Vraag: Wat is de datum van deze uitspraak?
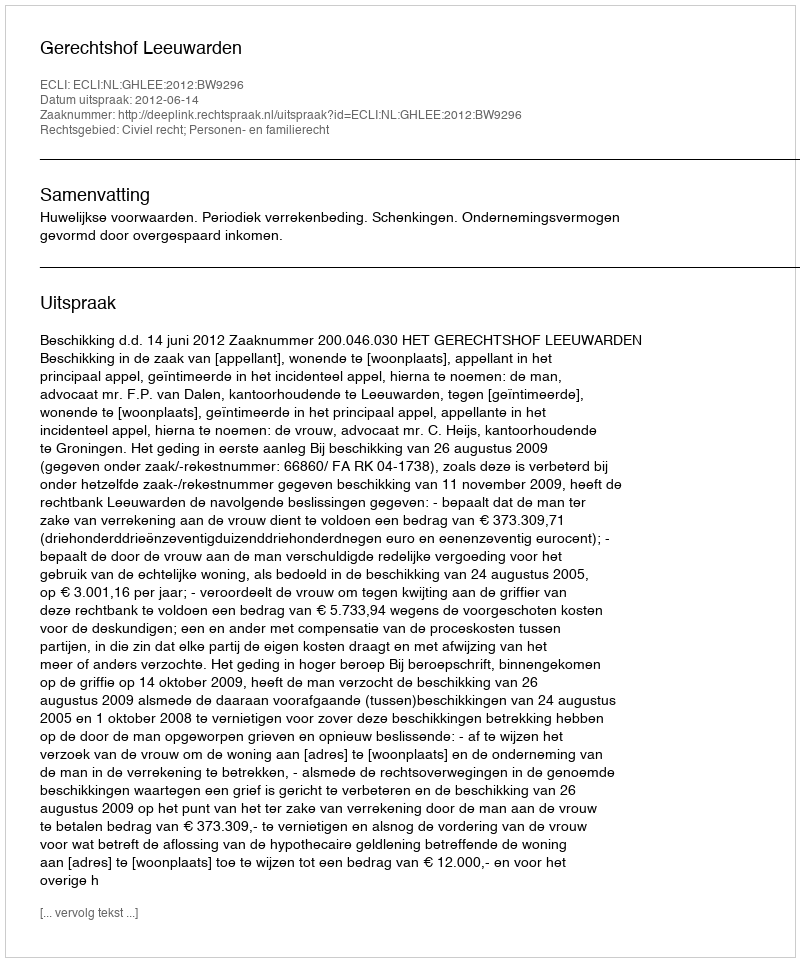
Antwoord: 2012-06-14